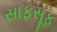
સાફસૂફ